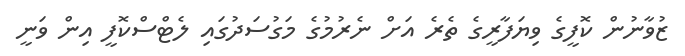
ޒުވާނުން ކޮފީގެ ވިޔަފާރީގެ ތެރެ އަށް ނެރުމުގެ މަގުސަދުގައި ލެޓްސްކޮފީ އިން ވަނީ